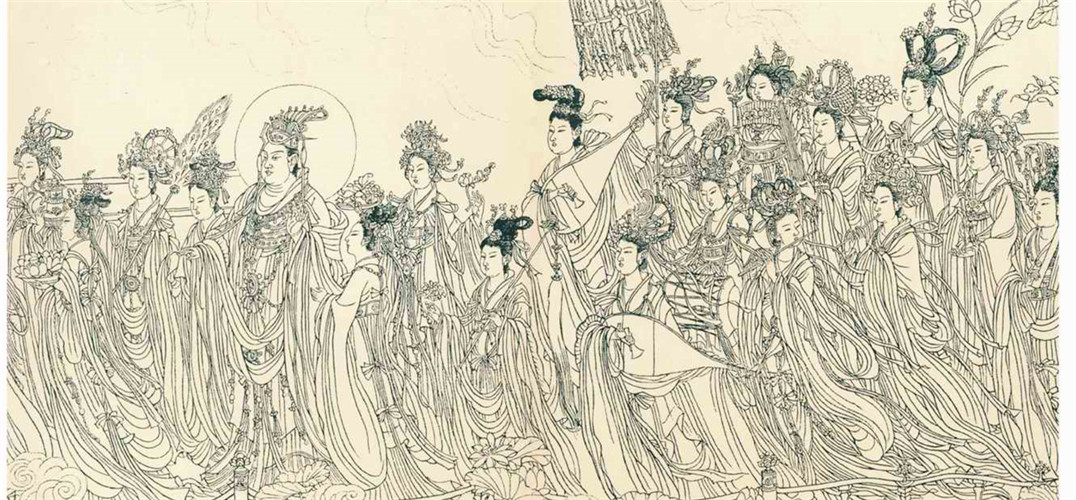
用之在于机，显之在于势。